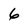
Character: 6